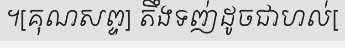
។[គុណសព្ទ] តឹងទញ់ដូចជាហល់[